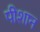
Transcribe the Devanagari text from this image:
पीशान